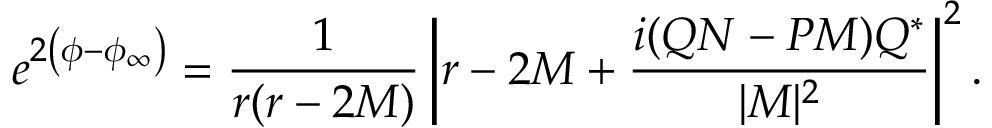
e ^ { 2 \left( \phi - \phi _ { \infty } \right) } = \frac { 1 } { r ( r - 2 M ) } \left| r - 2 M + \frac { i ( Q N - P M ) { \cal Q } ^ { * } } { | { \cal M } | ^ { 2 } } \right| ^ { 2 } .